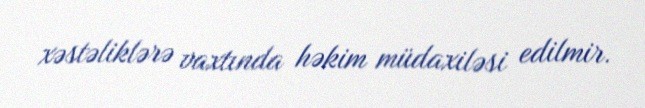
xəstəliklərə vaxtında həkim müdaxiləsi edilmir.